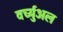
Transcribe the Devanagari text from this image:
वर्च्युअल